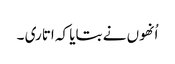
اُنھوں نے بتایا کہ اتاری ۔